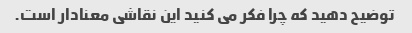
توضیح دهید که چرا فکر می کنید این نقاشی معنادار است.